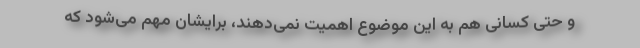
و حتی کسانی هم به این موضوع اهمیت نمی‌دهند، برایشان مهم می‌شود که